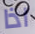
اذا